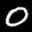
Digit: 0